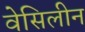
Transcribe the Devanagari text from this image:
वेसिलीन